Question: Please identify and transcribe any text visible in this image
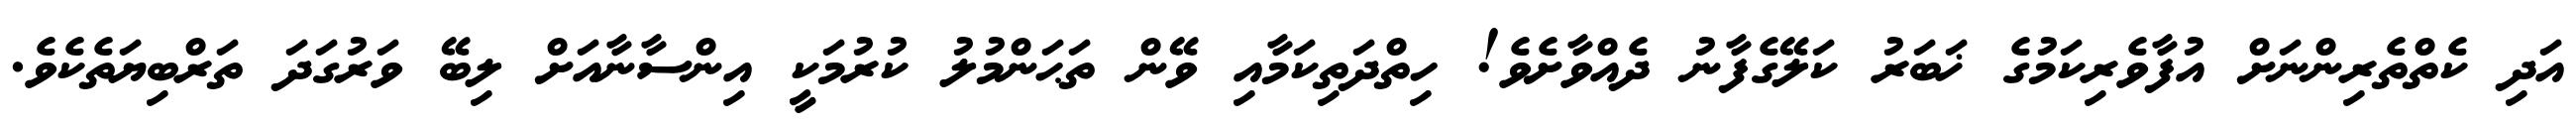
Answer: އަދި ކެތްތެރިންނަށް އުފާވެރިކަމުގެ ޚަބަރު ކަލޭގެފާނު ދެއްވާށެވެ! ހިތްދަތިކަމާއި ވޭން ތަޙަންމުލު ކުރުމަކީ އިންސާނާއަށް ލިބޭ ވަރުގަދަ ތަރްބިޔަތެކެވެ.